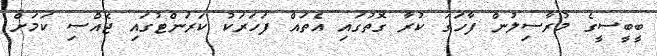
ބީބީސީގެ މުރާސިލުން ފާހަގަ ކުރާ ގޮތުގައި އެތައް ފަހަރަކު ކަރަންޓުގައި ޖެއްސި ކަމަށް